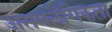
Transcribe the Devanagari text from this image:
असमलैंगिकता